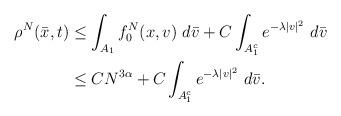
LaTeX: \begin{align*}\rho^N(\bar{x}, t)&\leq\int_{A_1} f_0^N(x,v)\ d\bar{v}+C\int_{A_1^c} e^{-\lambda |v|^2}\ d\bar{v}\\& \leq CN^{3\alpha}+ C\int_{A_1^c} e^{-\lambda |v|^2}\ d\bar{v}. \end{align*}